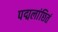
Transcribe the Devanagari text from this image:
पद्मलांछितं